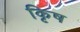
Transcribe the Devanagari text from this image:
कृिष